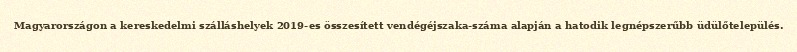
Magyarországon a kereskedelmi szálláshelyek 2019-es összesített vendégéjszaka-száma alapján a hatodik legnépszerűbb üdülőtelepülés.